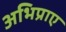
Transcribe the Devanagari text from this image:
अभिप्राए